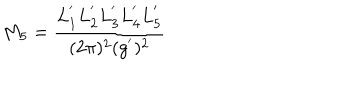
M _ { 5 } = \frac { L _ { 1 } ^ { ' } L _ { 2 } ^ { ' } L _ { 3 } ^ { ' } L _ { 4 } ^ { ' } L _ { 5 } ^ { ' } } { ( 2 \pi ) ^ { 2 } ( g ^ { ' } ) ^ { 2 } }